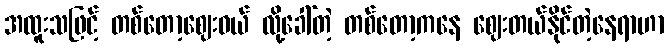
အထူးသဖြင့် တစ်တော့ဈေးဝယ် လို့ခေါ်တဲ့ တစ်တော့ကနေ ဈေးတယ်နိုင်တဲ့နေရာဟာ